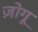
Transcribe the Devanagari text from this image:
ज़ोगू